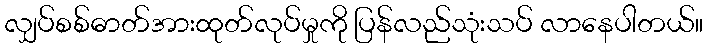
လျှပ်စစ်ဓာတ်အားထုတ်လုပ်မှုကို ပြန်လည်သုံးသပ် လာနေပါတယ်။